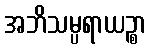
အဘိသမ္ပရာယဉ္စာ